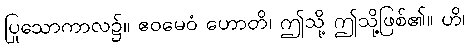
ပြုသောကာလ၌။ ဧဝမေဝံ ဟောတိ၊ ဤသို့ ဤသို့ဖြစ်၏။ ဟိ၊